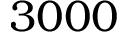
3 0 0 0